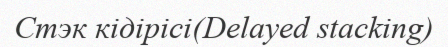
Стэк кідірісі(Delayed stacking)